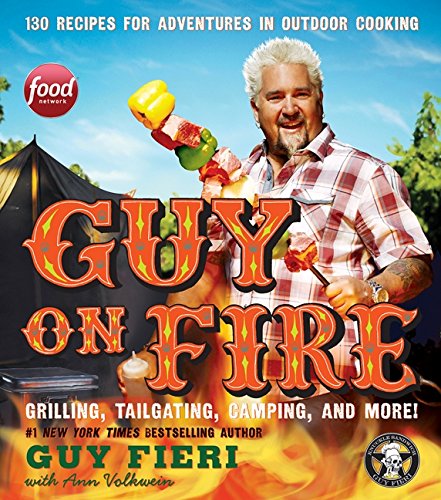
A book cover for Guy on Fire: 130 Recipes for Adventures in Outdoor Cooking; Guy Fieri; Cookbooks, Food & Wine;